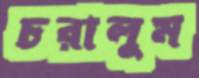
চরালুম